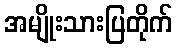
အမျိုးသားပြတိုက်